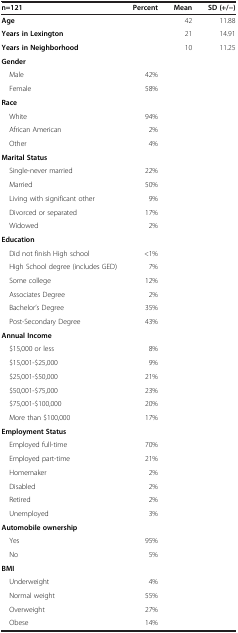
| n=121 | Percent | Mean | SD (+/−) |
 | --- | --- | --- | --- |
 | Age |  | 42 | 11.88 |
 | Years in Lexington |  | 21 | 14.91 |
 | Years in Neighborhood |  | 10 | 11.25 |
 | Gender |  |  |  |
 | Male | 42% |  |  |
 | Female | 58% |  |  |
 | Race |  |  |  |
 | White | 94% |  |  |
 | African American | 2% |  |  |
 | Other | 4% |  |  |
 | Marital Status |  |  |  |
 | Single-never married | 22% |  |  |
 | Married | 50% |  |  |
 | Living with significant other | 9% |  |  |
 | Divorced or separated | 17% |  |  |
 | Widowed | 2% |  |  |
 | Education |  |  |  |
 | Did not finish High school | <1% |  |  |
 | High School degree (includes GED) | 7% |  |  |
 | Some college | 12% |  |  |
 | Associates Degree | 2% |  |  |
 | Bachelor’s Degree | 35% |  |  |
 | Post-Secondary Degree | 43% |  |  |
 | Annual Income |  |  |  |
 | $15,000 or less | 8% |  |  |
 | $15,001-$25,000 | 9% |  |  |
 | $25,001-$50,000 | 21% |  |  |
 | $50,001-$75,000 | 23% |  |  |
 | $75,001-$100,000 | 20% |  |  |
 | More than $100,000 | 17% |  |  |
 | Employment Status |  |  |  |
 | Employed full-time | 70% |  |  |
 | Employed part-time | 21% |  |  |
 | Homemaker | 2% |  |  |
 | Disabled | 2% |  |  |
 | Retired | 2% |  |  |
 | Unemployed | 3% |  |  |
 | Automobile ownership |  |  |  |
 | Yes | 95% |  |  |
 | No | 5% |  |  |
 | BMI |  |  |  |
 | Underweight | 4% |  |  |
 | Normal weight | 55% |  |  |
 | Overweight | 27% |  |  |
 | Obese | 14% |  |  |